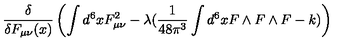
\frac { \delta } { \delta F _ { \mu \nu } ( x ) } \left( \int d ^ { 6 } x F _ { \mu \nu } ^ { 2 } - \lambda ( \frac { 1 } { 4 8 \pi ^ { 3 } } \int d ^ { 6 } x F \wedge F \wedge F - k ) \right)